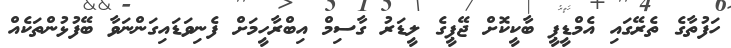
ހަފުތާގެ ތެރޭގައި އެމްޑީޕީ ބާކީކޮށް ޖޭޕީގެ ލީޑަރު ގާސިމް އިބްރާހީމަށް ފެނިވަޑައިގަންނަވާ ބޭފުޅުންތަކެއް